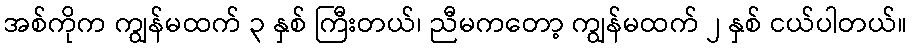
အစ်ကိုက ကျွန်မထက် ၃ နှစ် ကြီးတယ်၊ ညီမကတော့ ကျွန်မထက် ၂ နှစ် ငယ်ပါတယ်။